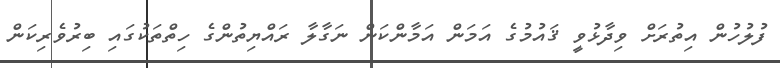
ފުލުހުން އިތުރަށް ވިދާޅުވީ ޤައުމުގެ އަމަން އަމާންކަން ނަގާލާ ރައްޔިތުންގެ ހިތްތަކުގައި ބިރުވެރިކަން